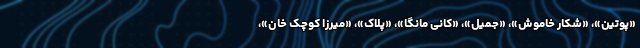
«پوتین»، «شکار خاموش»، «جمیل»، «کانی مانگا»، «پلاک»، «میرزا کوچک خان»،